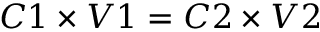
C 1 \times V 1 = C 2 \times V 2